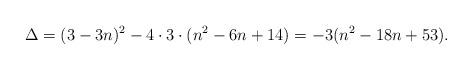
LaTeX: \begin{align*} \Delta = (3-3n)^2 - 4 \cdot 3 \cdot (n^2 - 6n+14) = -3(n^2 - 18n+ 53).\end{align*}